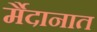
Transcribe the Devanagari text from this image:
र्मैदानात